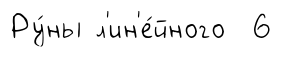
Ру́ны л'ин'е́йного 6